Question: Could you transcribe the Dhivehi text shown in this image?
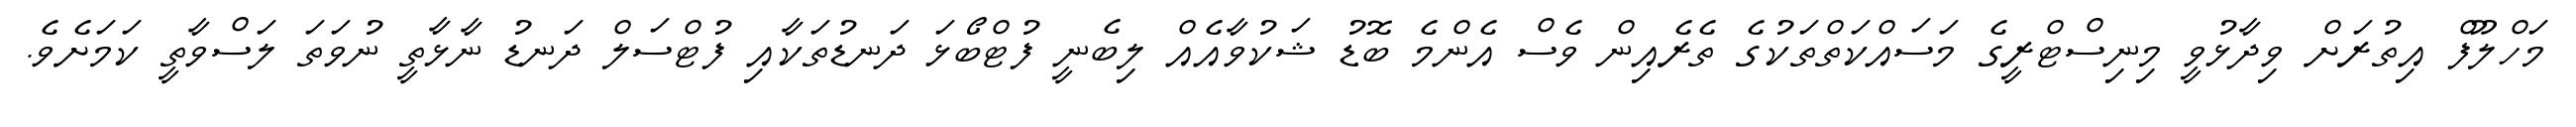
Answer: މަހްލޫފް އިތުރަށް ވިދާޅުވީ މިނިސްޓްރީގެ މަސައްކަތްތަކުގެ ތެރެއިން ވެސް އެންމެ ބޮޑު ޝަކުވާއެއް ލިބެނީ ފުޓްބޯޅަ ދަނޑުތަކާއި ފުޓްސަލް ދަނޑު ނާޅާތީ ނުވަތަ ލަސްވާތީ ކަމަށެވެ.